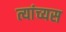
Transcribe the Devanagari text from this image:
त्यांच्यस